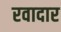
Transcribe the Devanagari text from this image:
रवादार